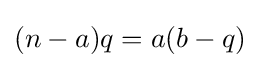
(n-a)q=a(b-q)